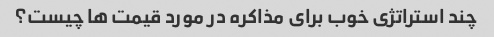
چند استراتژی خوب برای مذاکره در مورد قیمت ها چیست؟